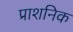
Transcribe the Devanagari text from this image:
प्राशनिक